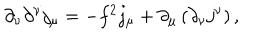
\partial _ { \nu } \partial ^ { \nu } j _ { \mu } = - f ^ { 2 } j _ { \mu } + \partial _ { \mu } \left( \partial _ { \nu } j ^ { \nu } \right) ,